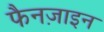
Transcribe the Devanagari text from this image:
फैनज़ाइन